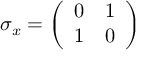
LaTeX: \sigma _ { x } = { \left( \begin{array} { l l } { 0 } & { 1 } \\ { 1 } & { 0 } \end{array} \right) }